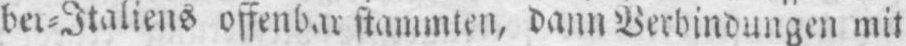
stammten, dann Verbindungen mit